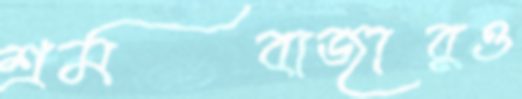
শ্রমবাজারও